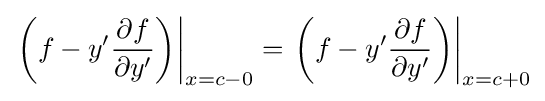
\left.\left(f-y'{\frac {\partial f}{\partial y'}}\right)\right|_{x=c-0}=\left.\left(f-y'{\frac {\partial f}{\partial y'}}\right)\right|_{x=c+0}